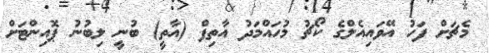
މެޗަށް ފަހު އޭވައިއެލްގެ ކޯޗު މުހައްމަދު އާތިފް (އާތީ) ބުނީ ލިބުނު ޕޮއިންޓަށް